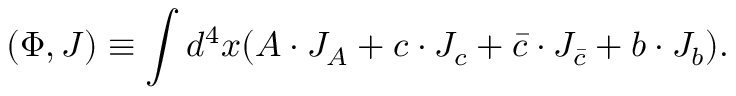
( \Phi , J ) \equiv \int d ^ { 4 } x ( A \cdot J _ { A } + c \cdot J _ { c } + \bar { c } \cdot J _ { \bar { c } } + b \cdot J _ { b } ) .